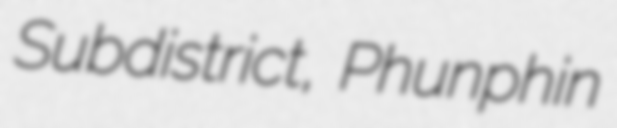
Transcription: Subdistrict, Phunphin